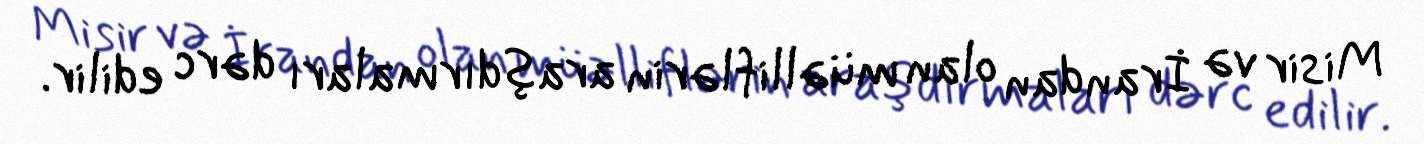
Misir və İrandan olan müəlliflərin araşdırmaları dərc edilir.